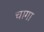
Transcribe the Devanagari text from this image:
चागा